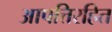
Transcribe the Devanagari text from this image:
आपत्तिरहित